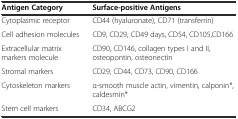
<table><thead><tr><td><b>Antigen Category</b></td><td><b>Surface-positive Antigens</b></td></tr></thead><tbody><tr><td>Cytoplasmic receptor</td><td>CD44 (hyaluronate), CD71 (transferrin)</td></tr><tr><td>Cell adhesion molecules</td><td>CD9, CD29, CD49 days, CD54, CD105,CD166</td></tr><tr><td>Extracellular matrix markers molecule</td><td>CD90, CD146, collagen types I and II, osteopontin, osteonectin</td></tr><tr><td>Stromal markers</td><td>CD29, CD44, CD73, CD90, CD166</td></tr><tr><td>Cytoskeleton markers</td><td>α-smooth muscle actin, vimentin, calponin*, caldesmin*</td></tr><tr><td>Stem cell markers</td><td>CD34, ABCG2</td></tr></tbody></table>